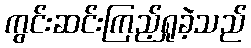
ကွင်းဆင်းကြည့်ရှုခဲ့သည်